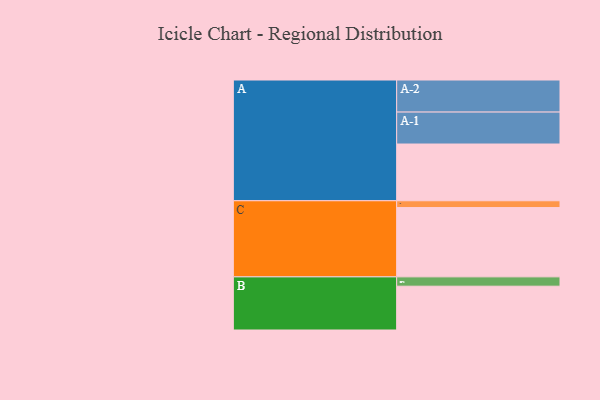
{"axis": {"x": "Segment", "y": "Value"}, "legend": ["", "A", "B", "C"], "data": [{"x": "A", "y": 474, "type": ""}, {"x": "B", "y": 366, "type": ""}, {"x": "C", "y": 579, "type": ""}, {"x": "A-1", "y": 267, "type": "A"}, {"x": "A-2", "y": 268, "type": "A"}, {"x": "B-1", "y": 78, "type": "B"}, {"x": "C-1", "y": 57, "type": "C"}]}